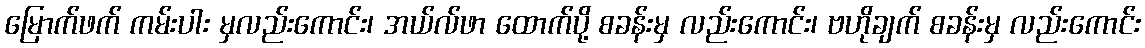
မြောက်ဖက် ကမ်းပါး မှလည်းကောင်း၊ အယ်လ်ဖာ ထောက်ပို့ စခန်းမှ လည်းကောင်း၊ ဗဟိုချက် စခန်းမှ လည်းကောင်း